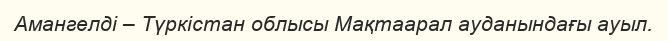
Амангелді – Түркістан облысы Мақтаарал ауданындағы ауыл.